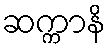
ဆက္ကာနိ